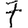
Digit: 7